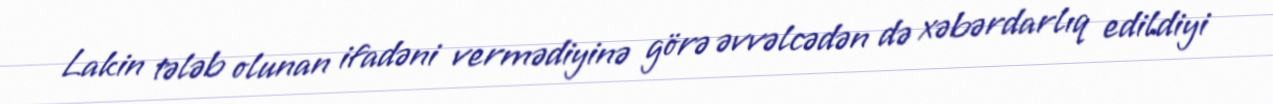
Lakin tələb olunan ifadəni vermədiyinə görə əvvəlcədən də xəbərdarlıq edildiyi